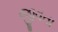
જીવતા